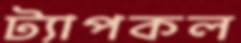
ট্যাপকল